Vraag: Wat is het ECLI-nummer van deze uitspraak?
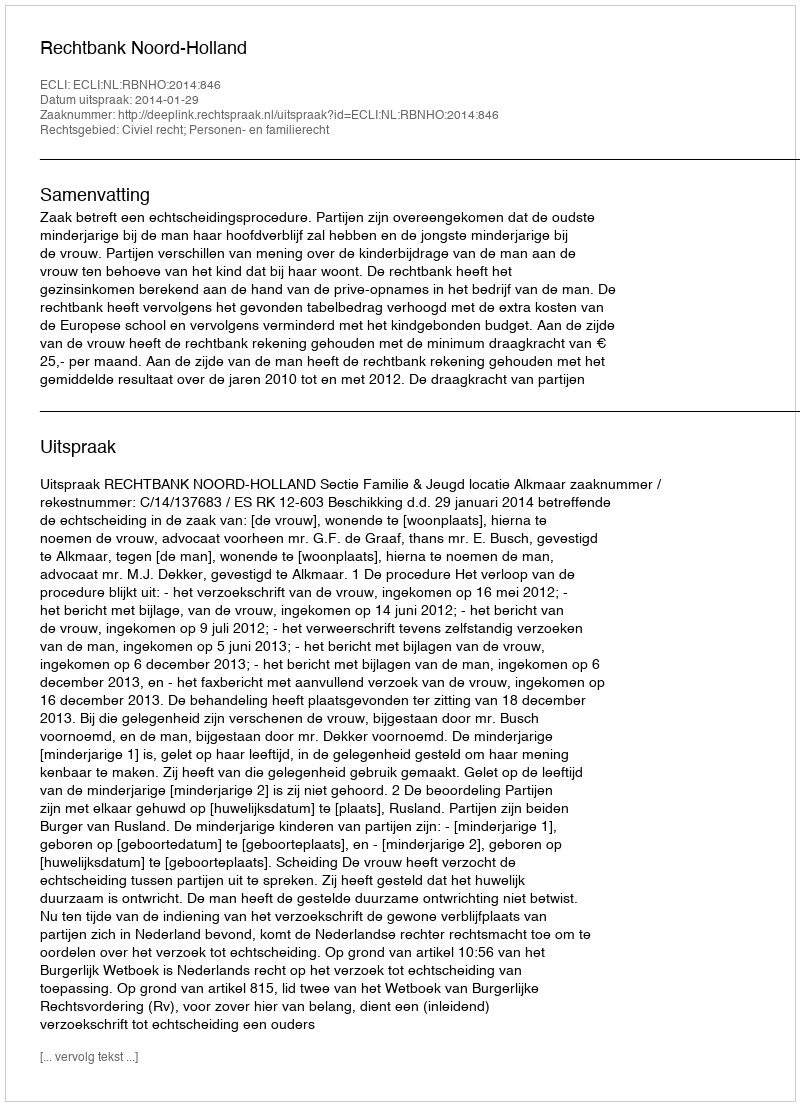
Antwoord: ECLI:NL:RBNHO:2014:846